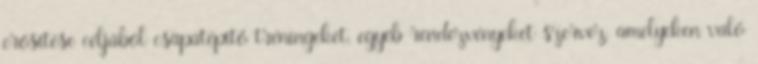
erősítése céljából csapatépítő tréningeket, egyéb rendezvényeket szervez, amelyeken való